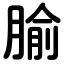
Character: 腧